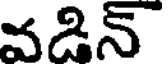
వడిన్